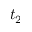
t _ { 2 }